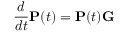
\frac { d } { d t } \mathbf { P } ( t ) = \mathbf { P } ( t ) \mathbf { G }